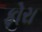
ફોરા